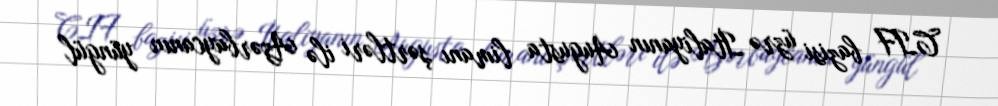
CIF bazisi üzrə İtaliyanın Augusta limanı şərtləri ilə Azərbaycanın yüngül